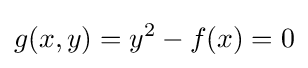
g(x,y)=y^{2}-f(x)=0